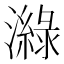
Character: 𤀼